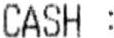
CASH :